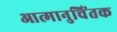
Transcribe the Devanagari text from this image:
आत्मानुचिंतक